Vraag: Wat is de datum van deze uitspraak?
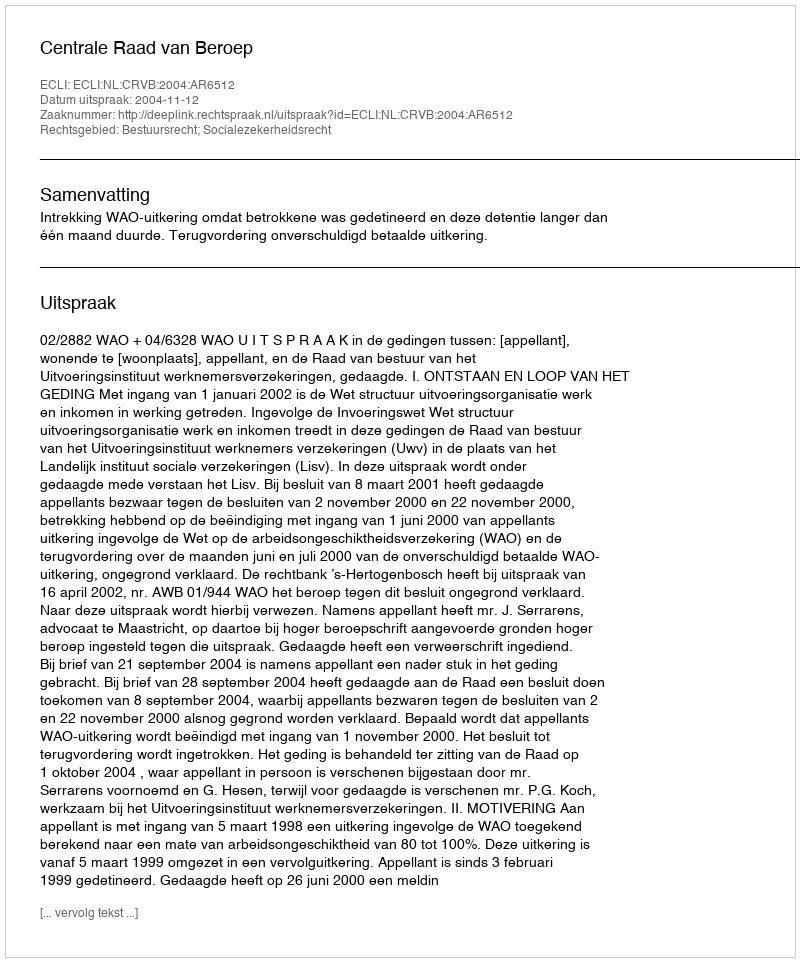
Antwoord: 2004-11-12